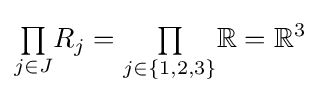
{\textstyle \prod \limits _{j\in J}}R_{j}={\textstyle \prod \limits _{j\in \{1,2,3\}}}\mathbb {R} =\mathbb {R} ^{3}